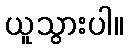
ယူသွားပါ။